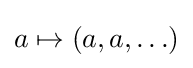
a\mapsto (a,a,\ldots )